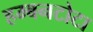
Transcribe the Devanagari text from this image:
हम्बनटोटा